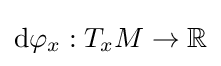
\mathrm {d} {\varphi }_{x}:T_{x}M\to \mathbb {R}